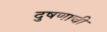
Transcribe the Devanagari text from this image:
दुषणाची